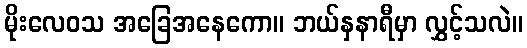
မိုးလေဝသ အခြေအနေကော။ ဘယ်နှနာရီမှာ လွှင့်သလဲ။